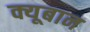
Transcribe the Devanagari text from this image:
क्यूबान